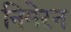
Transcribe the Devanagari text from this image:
निमेरन